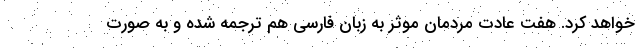
خواهد کرد. هفت عادت مردمان موثر به زبان فارسی هم ترجمه شده و به صورت